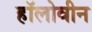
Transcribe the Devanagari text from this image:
हॉलोवीन